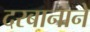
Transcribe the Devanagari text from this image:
दरबानाने